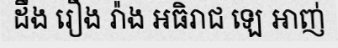
ដឹង រឿង រ៉ាង អធិរាជ ឡេ អាញ់